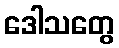
ဒေါသတွေ